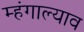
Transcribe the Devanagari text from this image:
म्हंगाल्याव